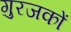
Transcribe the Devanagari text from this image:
गुरजकों